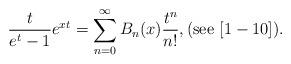
LaTeX: \begin{align*}\frac{t}{e^t-1}e^{xt} = \sum_{n=0}^\infty B_n(x) \frac{t^n}{n!},(\textnormal{see} \,\, [ 1-10]).\end{align*}